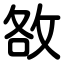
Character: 敋